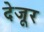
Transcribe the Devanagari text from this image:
देजूर